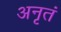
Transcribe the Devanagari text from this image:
अनृतं